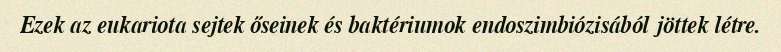
Ezek az eukariota sejtek őseinek és baktériumok endoszimbiózisából jöttek létre.